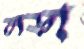
লড়া